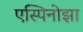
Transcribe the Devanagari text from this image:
एस्पिनोझा